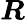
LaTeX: {\boldsymbol{R}}